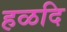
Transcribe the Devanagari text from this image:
हळदि